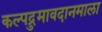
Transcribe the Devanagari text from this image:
कल्पद्रुमावदानमाला